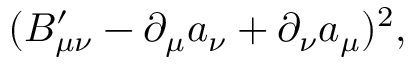
( B _ { \mu \nu } ^ { \prime } - \partial _ { \mu } a _ { \nu } + \partial _ { \nu } a _ { \mu } ) ^ { 2 } ,